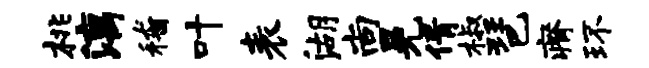
桃漓稽叶表湖尚晃倩椒琶瘠环